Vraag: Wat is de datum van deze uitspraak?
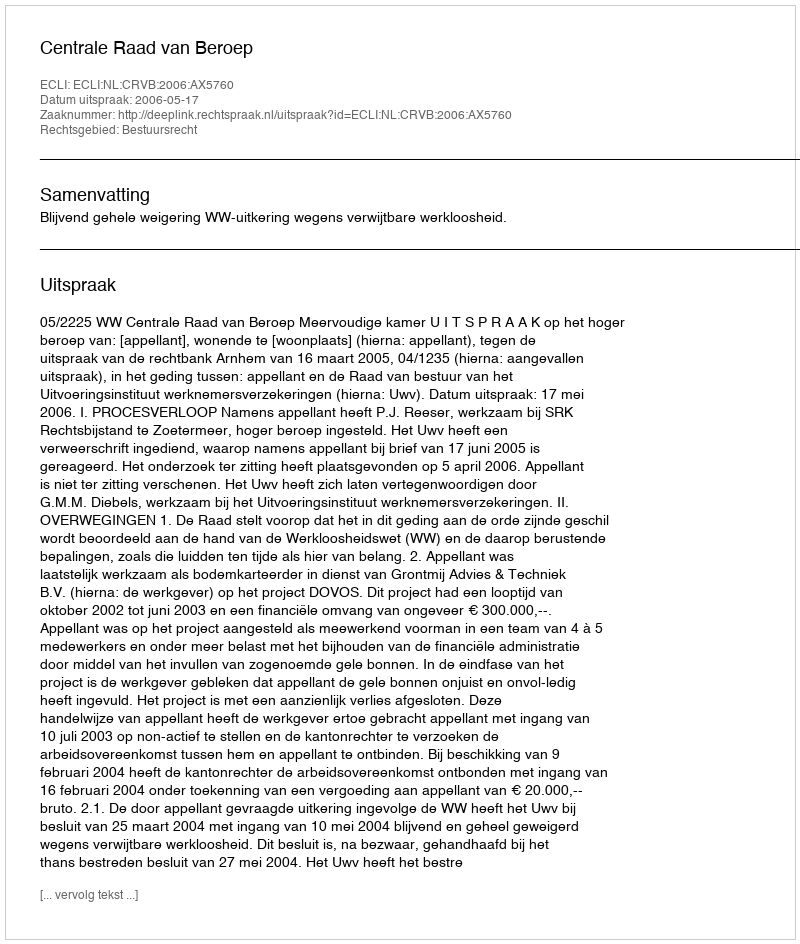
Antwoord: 2006-05-17